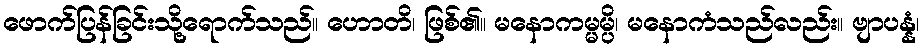
ဖောက်ပြန်ခြင်းသို့ရောက်သည်။ ဟောတိ၊ ဖြစ်၏။ မနောကမ္မမ္ပိ၊ မနောကံသည်လည်း။ ဗျာပန္နံ၊